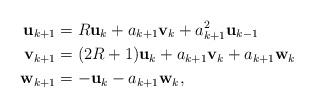
LaTeX: \begin{align*}\mathbf{u}_{k+1} &= R\mathbf{u}_k +a_{k+1}\mathbf{v}_k+a_{k+1}^2\mathbf{u}_{k-1} \\\mathbf{v}_{k+1} &= (2R+1)\mathbf{u}_k +a_{k+1}\mathbf{v}_k +a_{k+1}\mathbf{w}_k \\\mathbf{w}_{k+1} &= -\mathbf{u}_k-a_{k+1}\mathbf{w}_k, \end{align*}